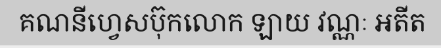
គណនីហ្វេសប៊ុកលោក ឡាយ វណ្ណៈ អតីត